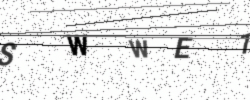
Text: SWWE1